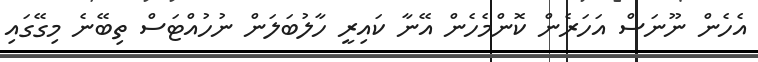
އެހެން ނޫނަސް އަހަރެން ކޮންމެހެން އޭނާ ކައިރީ ހާލުބަލަން ނުހުއްޓަސް ތިބޭނެ މިގޭގައި